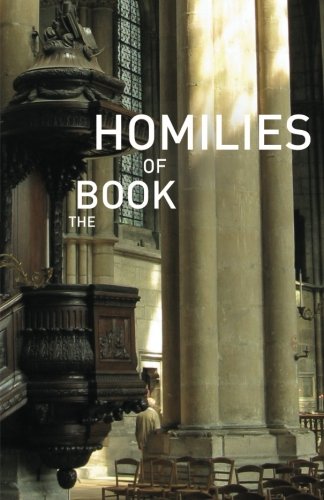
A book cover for The Book of Homilies; Various; Christian Books & Bibles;